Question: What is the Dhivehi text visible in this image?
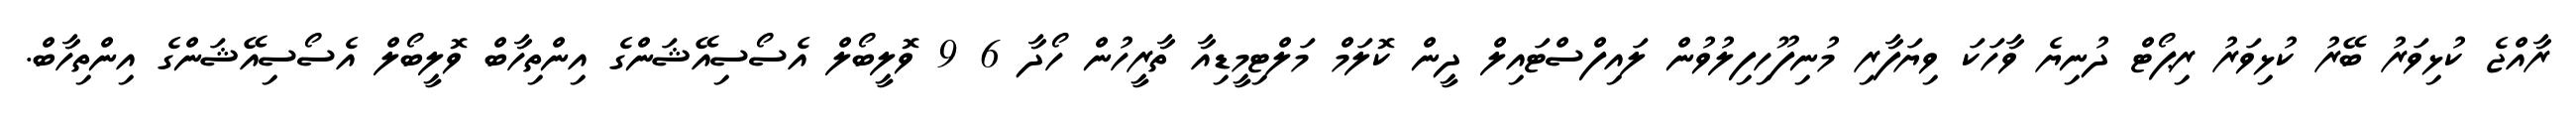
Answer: ރާއްޖެ ކުޅިވަރު ބޭރު ކުޅިވަރު ރިޕޯޓް ދުނިޔެ ވާހަކަ ވިޔަފާރި މުނިފޫހިފިލުވުން ލައިފްސްޓައިލް ދީން ކޮލަމް މަލްޓިމީޑިއާ ތާރީހުން ހޯދާ 6 9 ވޮލީބޯލް އެސޯސިއޭޝަންގެ އިންތިހާބް ވޮލީބޯލް އެސޯސިއޭޝަންގެ އިންތިހާބް.